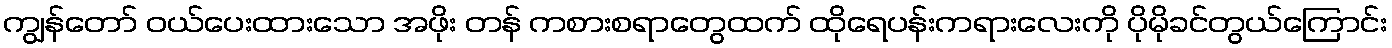
ကျွန်တော် ဝယ်ပေးထားသော အဖိုး တန် ကစားစရာတွေထက် ထိုရေပန်းကရားလေးကို ပိုမိုခင်တွယ်ကြောင်း